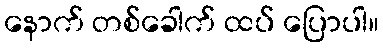
နောက် တစ်ခေါက် ထပ် ပြောပါ။